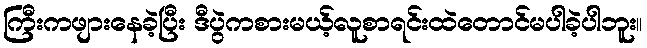
ကြီးကဖျားနေခဲ့ပြီး ဒီပွဲကစားမယ့်လူစာရင်းထဲတောင်မပါခဲ့ပါဘူး။